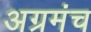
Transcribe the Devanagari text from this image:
अग्रमंच